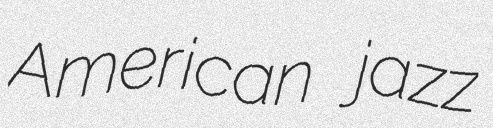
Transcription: American jazz